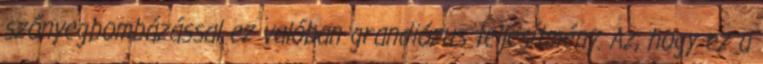
szőnyegbombázással ez valóban grandiózus teljesítmény. Az, hogy ez a